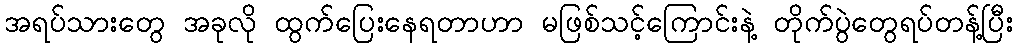
အရပ်သားတွေ အခုလို ထွက်ပြေးနေရတာဟာ မဖြစ်သင့်ကြောင်းနဲ့ တိုက်ပွဲတွေရပ်တန့်ပြီး